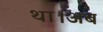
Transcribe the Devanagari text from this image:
था।अब